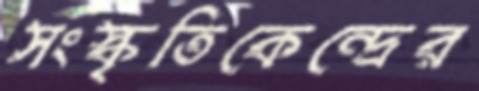
সংস্কৃতিকেন্দ্রের